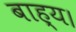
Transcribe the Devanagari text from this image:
बाह्य।